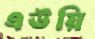
এউয়ি